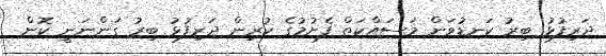
ދަރިފުޅު ބިރު ކަނޑުވަން މަސައްކަތް ފެށުމުގެ ކުރިން ދަރިފުޅު ބިރު ގަންނަނީ ކޮން